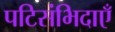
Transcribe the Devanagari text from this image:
पटिसंभिदाएँ